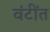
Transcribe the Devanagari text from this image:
वंटींत